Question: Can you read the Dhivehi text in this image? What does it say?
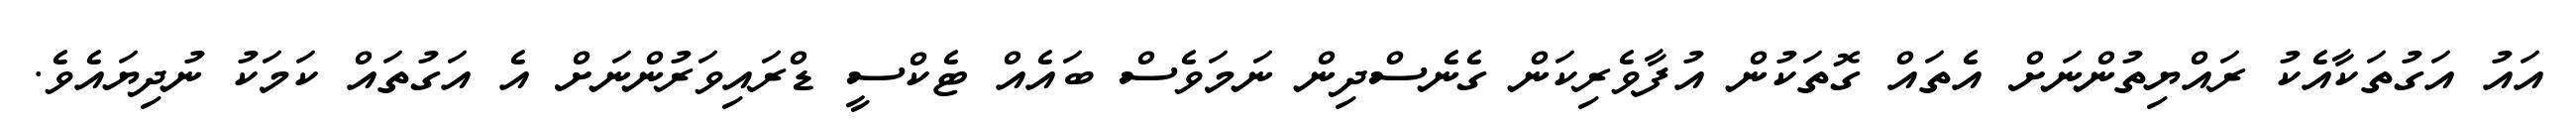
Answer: އައު އަގުތަކާއެކު ރައްޔިތުންނަށް އެތައް ގޮތަކުން އުފާވެރިކަން ގެނެސްދިން ނަމަވެސް ބައެއް ޓެކްސީ ޑްރައިވަރުންނަށް އެ އަގުތައް ކަމަކު ނުދިޔައެވެ.